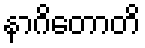
နာဂိတောတိ